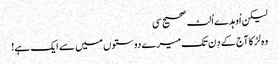
لیکن اُوہدے اُلٹ صحیح سی
وہ لڑکا آج کے دِن تک میرے دوستوں میں سے ایک ہے!